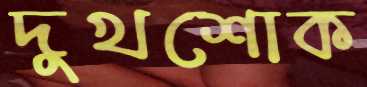
দুখশোক